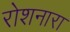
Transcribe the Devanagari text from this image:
रोशनारा